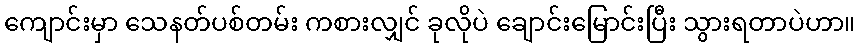
ကျောင်းမှာ သေနတ်ပစ်တမ်း ကစားလျှင် ခုလိုပဲ ချောင်းမြောင်းပြီး သွားရတာပဲဟာ။